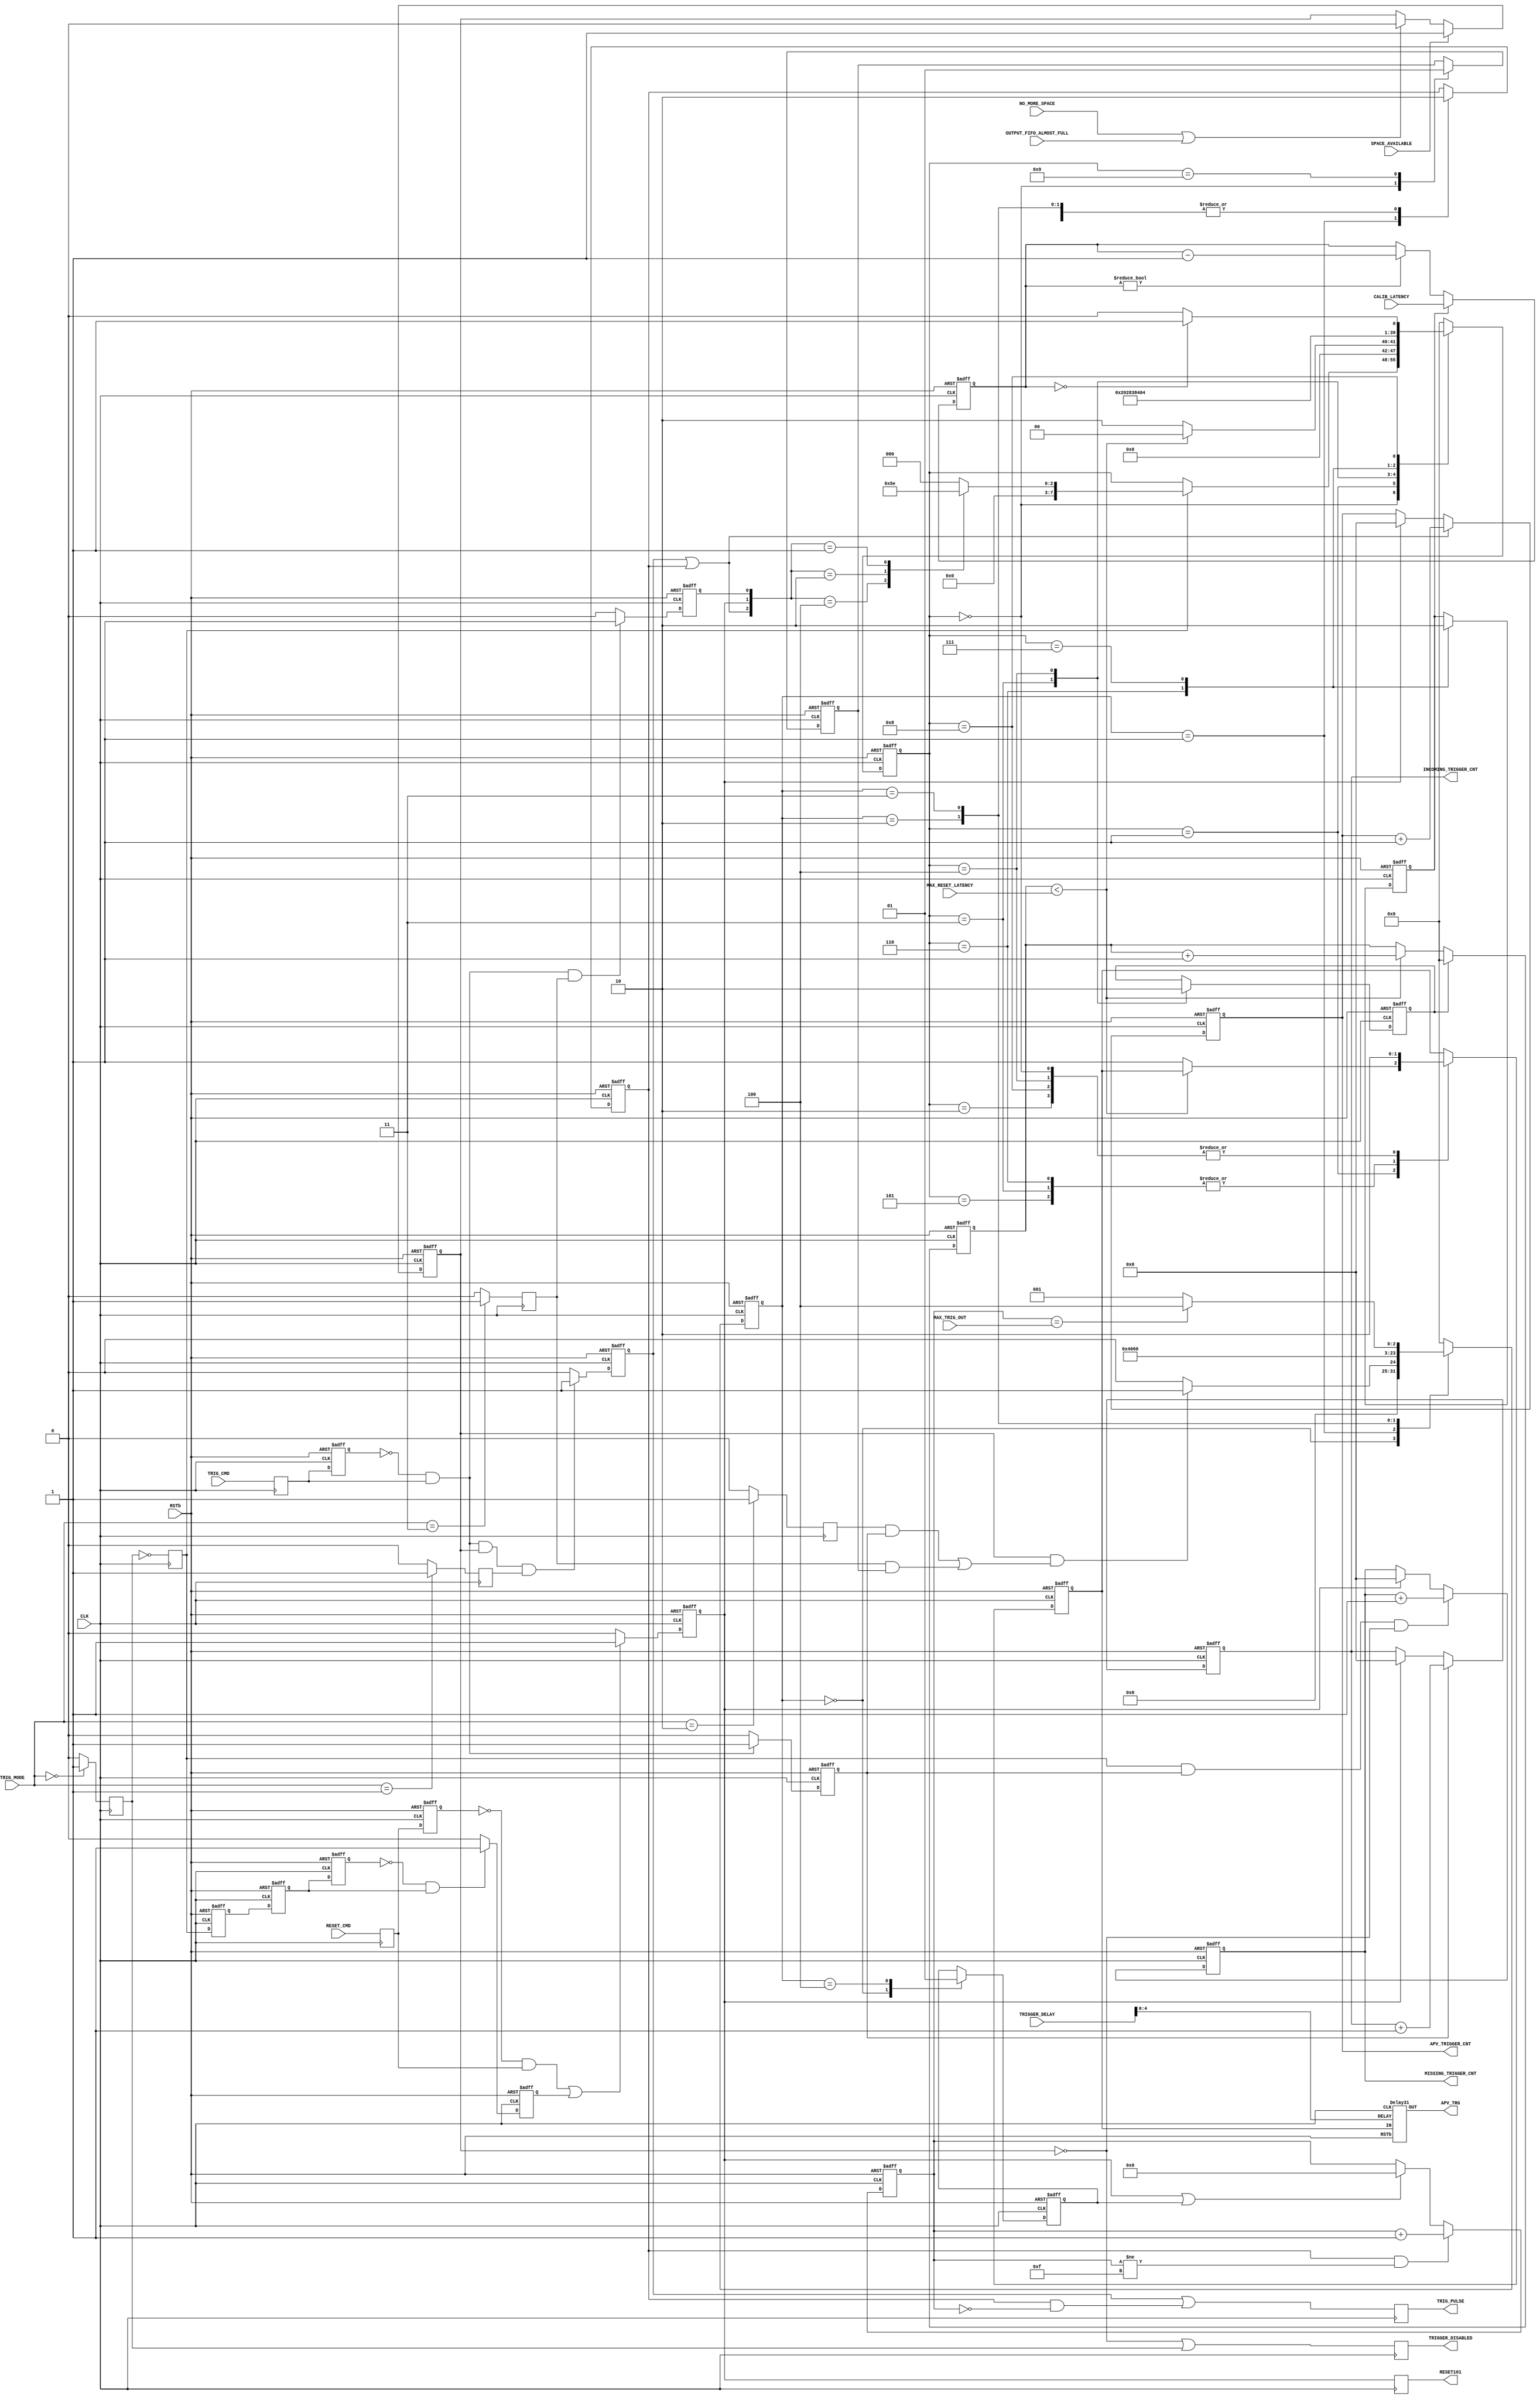

module TrigGen(APV_TRG, RESET101, RSTb, CLK, MAX_TRIG_OUT, TRIG_PULSE, TRIG_MODE,
	TRIG_CMD, RESET_CMD, MISSING_TRIGGER_CNT, APV_TRIGGER_CNT, INCOMING_TRIGGER_CNT, MAX_RESET_LATENCY, CALIB_LATENCY,
	NO_MORE_SPACE, SPACE_AVAILABLE, OUTPUT_FIFO_ALMOST_FULL, TRIGGER_DISABLED, TRIGGER_DELAY);
output APV_TRG, RESET101;
input RSTb, CLK;
input [3:0] MAX_TRIG_OUT;
input [2:0] TRIG_MODE;
output TRIG_PULSE;
input TRIG_CMD, RESET_CMD;
output [31:0] MISSING_TRIGGER_CNT, APV_TRIGGER_CNT, INCOMING_TRIGGER_CNT;
input [7:0] MAX_RESET_LATENCY;
input [7:0] CALIB_LATENCY;
input NO_MORE_SPACE, SPACE_AVAILABLE, OUTPUT_FIFO_ALMOST_FULL;
output TRIGGER_DISABLED;
input [7:0] TRIGGER_DELAY;

reg APV_TRG_int, RESET101;
reg [31:0] MISSING_TRIGGER_CNT, APV_TRIGGER_CNT, INCOMING_TRIGGER_CNT;
reg TRIGGER_DISABLED;
reg TRIG_PULSE;
reg [3:0] trig_cnt;
reg [7:0] reset_latency, calibration_latency;
reg [7:0] fsm_status;
reg [7:0] fsm2_status;
reg old_trig_cmd, trigger_pulse, old_reset_cmd;
reg trigger100_cmd, reset101_cmd, calib110_cmd;
reg clear_reset_latency;
reg TRIG_CMD_reg, RESET_CMD_reg;
reg enable, enable_dly0, enable_dly1, enable_dly2, enable_pulse;
reg hw_trig_enable;
reg trig_disable, trig_apv_normal, trig_apv_multiple, calib_trig_apv;
reg multi_trig100, clr_trig_cnt, load_calibration_latency, calib_trig_pulse;

Delay31 ApvTrigDelay(.CLK(CLK), .RSTb(RSTb), .IN(APV_TRG_int), .OUT(APV_TRG), .DELAY(TRIGGER_DELAY[4:0]));

// Synchronizer
always @(posedge CLK)
begin
	RESET101 <= reset101_cmd;
	TRIG_CMD_reg <= TRIG_CMD;
	RESET_CMD_reg <= RESET_CMD;

	trig_disable <= (TRIG_MODE == 3'b000) ? 1 : 0;
	trig_apv_normal <= (TRIG_MODE == 3'b001) ? 1 : 0;
	trig_apv_multiple <= (TRIG_MODE == 3'b010) ? 1 : 0;
	calib_trig_apv <= (TRIG_MODE == 3'b011) ? 1 : 0;

	enable <= ~trig_disable;

	TRIGGER_DISABLED <= ~hw_trig_enable | trig_disable;
	
	TRIG_PULSE <= trigger100_cmd | (multi_trig100 && (trig_cnt == 0));
end

// HW Trigger Enabling logic: permit trigger generation only if there is space available in all input FIFOs
always @(posedge CLK or negedge RSTb)
begin
	if( RSTb == 0 )
	begin
		hw_trig_enable <= 0;
	end
	else
	begin
		if( SPACE_AVAILABLE )
			hw_trig_enable <= 1;
		else
//			if( NO_MORE_SPACE )
			if( NO_MORE_SPACE | OUTPUT_FIFO_ALMOST_FULL )
				hw_trig_enable <= 0;
	end
end

// Generate a pulse when enable is set to trigger a reset101
always @(posedge CLK or negedge RSTb)
begin
	if( RSTb == 0 )
	begin
		enable_dly0 <= 0;
		enable_dly1 <= 0;
		enable_dly2 <= 0;
		enable_pulse <= 0;
	end
	else
	begin
		enable_dly0 <= enable;
		enable_dly1 <= enable_dly0;
		enable_dly2 <= enable_dly1;
		if( enable_dly2 == 0 && enable_dly1 == 1 )
			enable_pulse <= 1;
		else
			enable_pulse <= 0;
	end
end

// Pulse generator
always @(posedge CLK or negedge RSTb)
begin
	if( RSTb == 0 )
	begin
		old_trig_cmd <= 0;
		old_reset_cmd <= 0;
		trigger_pulse <= 0;
		trigger100_cmd <= 0;
		reset101_cmd <= 0;
		calib110_cmd <= 0;
	end
	else
	begin
		old_trig_cmd <= TRIG_CMD_reg;
		old_reset_cmd <= RESET_CMD_reg;

		if( (old_trig_cmd == 0 && TRIG_CMD_reg == 1) )
				trigger_pulse <= 1;
			else
				trigger_pulse <= 0;

		if( (old_trig_cmd == 0 && TRIG_CMD_reg == 1) &&
			hw_trig_enable == 1 && trig_apv_normal == 1)
				trigger100_cmd <= 1;
			else
				trigger100_cmd <= 0;

		if( (old_trig_cmd == 0 && TRIG_CMD_reg == 1) &&
			calib_trig_apv == 1)
				calib110_cmd <= 1;
			else
				calib110_cmd <= 0;

		if( (old_reset_cmd == 0 && RESET_CMD_reg == 1) ||
			enable_pulse == 1 )
				reset101_cmd <= 1;
			else
				reset101_cmd <= 0;
	end
end

// reset_latency
always @(posedge CLK or negedge RSTb)
begin
	if( RSTb == 0 )
	begin
		reset_latency <= 0;
	end
	else
	begin
		if( clear_reset_latency == 1 )
			reset_latency <= 0;
		else
			if( reset_latency < MAX_RESET_LATENCY )
				reset_latency <= reset_latency + 1;
	end
end

// Latency counter from Calibration to Trigger
always @(posedge CLK or negedge RSTb)
begin
	if( RSTb == 0 )
	begin
		calibration_latency <= 0;
	end
	else
	begin
		if( load_calibration_latency == 1 )
			calibration_latency <= CALIB_LATENCY;
		else
			if( calibration_latency != 0 )
				calibration_latency <= calibration_latency - 1;
	end
end

// APV_TRIGGER_CNT
always @(posedge CLK or negedge RSTb)
begin
	if( RSTb == 0 )
	begin
		APV_TRIGGER_CNT <= 0;
	end
	else
	begin
//		if( APV_TRG == 1 )
		if( trigger100_cmd | multi_trig100 )
			APV_TRIGGER_CNT <= APV_TRIGGER_CNT + 1;
		else
			if( reset101_cmd == 1 )
				APV_TRIGGER_CNT <= 0;
	end
end

// MISSING_TRIGGER_CNT
always @(posedge CLK or negedge RSTb)
begin
	if( RSTb == 0 )
	begin
		MISSING_TRIGGER_CNT <= 0;
	end
	else
	begin
		if( enable == 1 && trigger_pulse == 1 && hw_trig_enable  == 0 )
			MISSING_TRIGGER_CNT <= MISSING_TRIGGER_CNT + 1;
		else
			if( reset101_cmd == 1 )
				MISSING_TRIGGER_CNT <= 0;
	end
end

// INCOMING_TRIGGER_CNT
always @(posedge CLK or negedge RSTb)
begin
	if( RSTb == 0 )
	begin
		INCOMING_TRIGGER_CNT <= 0;
	end
	else
	begin
		if( trigger_pulse == 1 )
			INCOMING_TRIGGER_CNT <= INCOMING_TRIGGER_CNT + 1;
		else
			if( reset101_cmd == 1 )
				INCOMING_TRIGGER_CNT <= 0;
	end
end

// State Machine: APV_TRG_int generation
always @(posedge CLK or negedge RSTb)
begin
	if( RSTb == 0 )
	begin
		fsm_status <= 0;
		APV_TRG_int <= 0;
//		TRIG_PULSE <= 0;
		clear_reset_latency <= 0;
		load_calibration_latency <= 0;
		calib_trig_pulse <= 0;
	end
	else
	begin
		case( fsm_status )
			0:	begin
					calib_trig_pulse <= 0;
					APV_TRG_int <= 0;
					if( enable )
					begin
						case( {trigger100_cmd|multi_trig100, reset101_cmd, calib110_cmd} )
							3'b100: fsm_status <= 1;
							3'b010: fsm_status <= 3;
							3'b001: fsm_status <= 6;
							default: fsm_status <= 0;
						endcase
					end
				end
			1:	begin
					if( reset_latency < MAX_RESET_LATENCY )
						fsm_status <= 0;
					else
					begin
						APV_TRG_int <= 1;
//						TRIG_PULSE <= 1;
						fsm_status <= 2;
					end
				end
			2:	begin
					APV_TRG_int <= 0;
//					TRIG_PULSE <= 0;
					fsm_status <= 0;
				end
			3:	begin
					clear_reset_latency <= 1;
					APV_TRG_int <= 1;
					fsm_status <= 4;
				end
			4:	begin
					clear_reset_latency <= 0;
					APV_TRG_int <= 0;
					fsm_status <= 5;
				end
			5:	begin
					APV_TRG_int <= 1;
					fsm_status <= 0;
				end
			6:	begin	// Calibration (110) followed by N Trigger (100)
					APV_TRG_int <= 1;
					load_calibration_latency <= 1;
					fsm_status <= 7;
				end
			7:	begin
					load_calibration_latency <= 0;
					fsm_status <= 8;
				end
			8:	begin
					APV_TRG_int <= 0;
					if( calibration_latency == 0 )
//						fsm_status <= 5;
						fsm_status <= 9;
					else
						fsm_status <= 8;
				end
			9:	begin
					calib_trig_pulse <= 1;
					fsm_status <= 0;
				end
			default: fsm_status <= 0;
		endcase
	end
end

// State Machine: generates N times 100 pulses every trigger_pulse
always @(posedge CLK or negedge RSTb)
begin
	if( RSTb == 0 )
	begin
		multi_trig100 <= 0;
		clr_trig_cnt <= 0;
		fsm2_status <= 0;
	end
	else
	begin
		case( fsm2_status )
			0:	begin
					clr_trig_cnt <= 0;
					multi_trig100 <= 0;
					if( hw_trig_enable & 
						((trig_apv_multiple & trigger_pulse) | (calib_trig_apv & calib_trig_pulse)) )
						fsm2_status <= 1;
					else
						fsm2_status <= 0;
				end
			1:	begin
					multi_trig100 <= 1;
					fsm2_status <= 2;
				end
			2:	begin
					multi_trig100 <= 0;
					fsm2_status <= 3;
				end
			3:	begin
					multi_trig100 <= 0;
					if( trig_cnt == MAX_TRIG_OUT )
						fsm2_status <= 4;
					else
						fsm2_status <= 1;
				end
			4:	begin
					clr_trig_cnt <= 1;
					fsm2_status <= 0;
				end
			default: fsm2_status <= 0;
		endcase
	end
end

// trig_cnt
always @(posedge CLK or negedge RSTb)
begin
	if( RSTb == 0 )
	begin
		trig_cnt <= 0;
	end
	else
	begin
		if( multi_trig100 == 1 && (trig_cnt != 4'hF) )
			trig_cnt <= trig_cnt + 1;
		else
		begin
			if( reset101_cmd == 1 || clr_trig_cnt == 1 )
				trig_cnt <= 0;
		end
	end
end

endmodule

module Delay31(CLK, RSTb, IN, OUT, DELAY);
input CLK, RSTb, IN;
output OUT;
input [4:0] DELAY;

reg OUT;
reg [30:0] delay_line;

always @(posedge CLK or negedge RSTb)
begin
	if( RSTb == 0 )
	begin
		delay_line <= 0;
		OUT <= 0;
	end
	else
	begin
		delay_line <= {delay_line[29:0], IN};
		case( DELAY )
			0:	OUT <= IN;
			1:	OUT <= delay_line[0];
			2:	OUT <= delay_line[1];
			3:	OUT <= delay_line[2];
			4:	OUT <= delay_line[3];
			5:	OUT <= delay_line[4];
			6:	OUT <= delay_line[5];
			7:	OUT <= delay_line[6];
			8:	OUT <= delay_line[7];
			9:	OUT <= delay_line[8];
			10:	OUT <= delay_line[9];
			11:	OUT <= delay_line[10];
			12:	OUT <= delay_line[11];
			13:	OUT <= delay_line[12];
			14:	OUT <= delay_line[13];
			15:	OUT <= delay_line[14];
			16:	OUT <= delay_line[15];
			17:	OUT <= delay_line[16];
			18:	OUT <= delay_line[17];
			19:	OUT <= delay_line[18];
			20:	OUT <= delay_line[19];
			21:	OUT <= delay_line[20];
			22:	OUT <= delay_line[21];
			23:	OUT <= delay_line[22];
			24:	OUT <= delay_line[23];
			25:	OUT <= delay_line[24];
			26:	OUT <= delay_line[25];
			27:	OUT <= delay_line[26];
			28:	OUT <= delay_line[27];
			29:	OUT <= delay_line[28];
			30:	OUT <= delay_line[29];
			31:	OUT <= delay_line[30];
		endcase
	end
end

endmodule